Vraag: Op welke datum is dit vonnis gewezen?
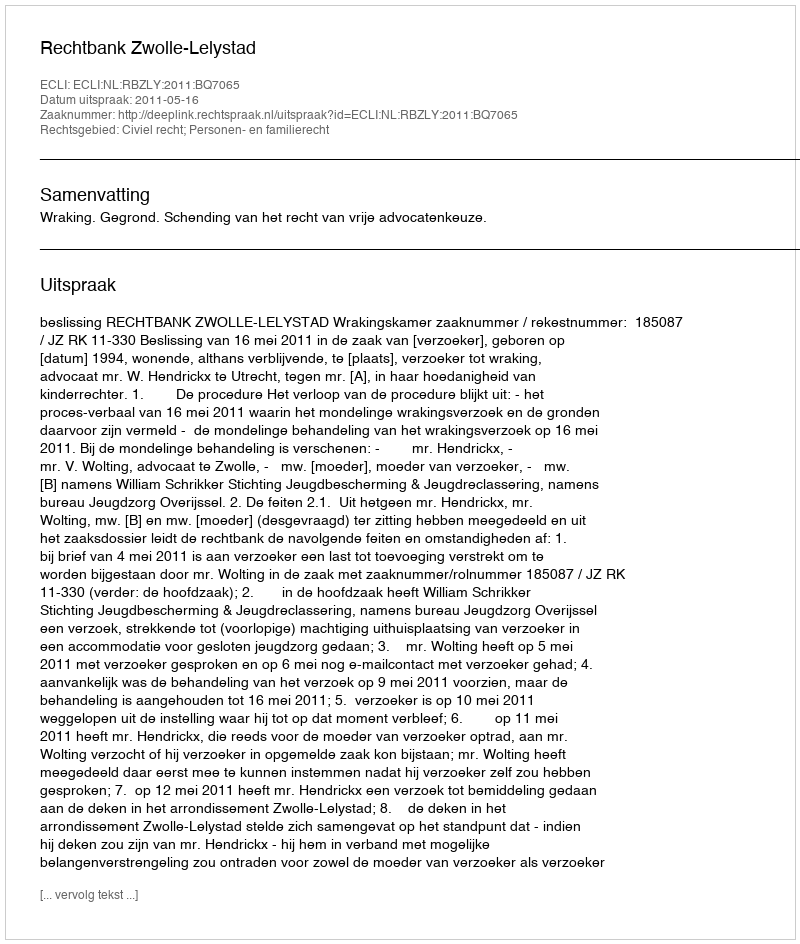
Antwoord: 2011-05-16